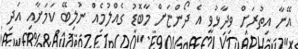
އޭނާ އިތުރަށް ވިދާޅުވީ އެ ދޯންޏަށް މާބޮޑު ގެއްލުމެއް ނުލިބޭ ކަމަށާއި އަދި